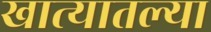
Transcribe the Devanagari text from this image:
खात्यातल्या